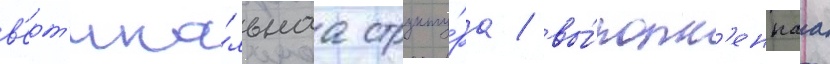
в'ерт'ика́льнаа структу́ра / вы́полн'еннаа